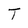
Character: T